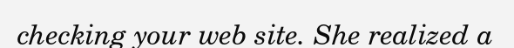
checking your web site. She realized a